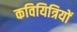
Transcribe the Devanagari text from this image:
कवियित्रियों